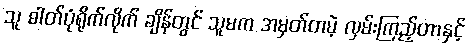
သူ ဓါတ်ပုံရိုက်လိုက် ချိန်တွင် သူမက အမှတ်တမဲ့ လှမ်းကြည့်တာနှင့်